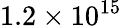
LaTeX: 1.2\times 10^{15}